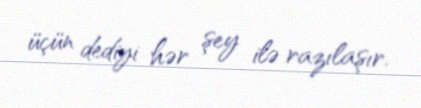
üçün dediyi hər şey ilə razılaşır.